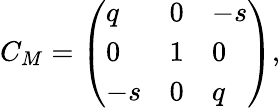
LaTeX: C_{M}=\left(\begin{array}{lll}{{q}}&{{0}}&{{-s}}\\ {{0}}&{{1}}&{{0}}\\ {{-s}}&{{0}}&{{q}}\end{array}\right),